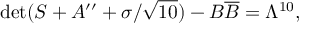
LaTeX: \operatorname * { d e t } ( S + A ^ { \prime \prime } + \sigma / \sqrt { 1 0 } ) - B \overline { { { B } } } = \Lambda ^ { 1 0 } ,